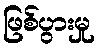
ဖြစ်ပွားမှု